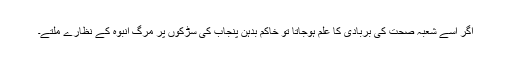
اگر اسے شعبۂ صحت کی بربادی کا علم ہوجاتا تو خاکم بدہن پنجاب کی سڑکوں پر مرگِ انبوہ کے نظارے ملتے۔